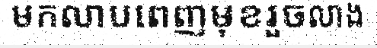
មកលាបពេញមុខរួចលាង